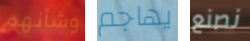
وشأنهم يهاجم نصنع